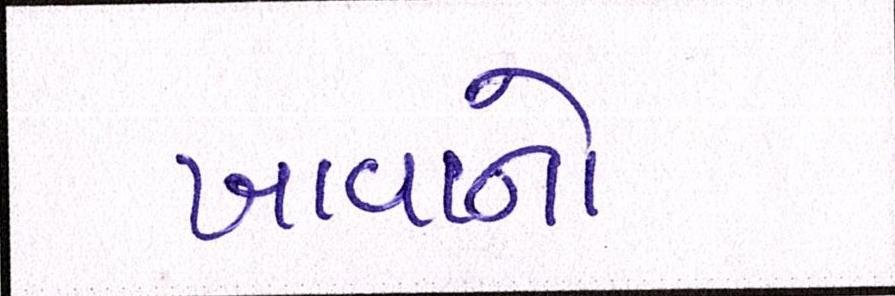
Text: ખાવાનો